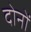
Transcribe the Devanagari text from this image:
दाेनाें